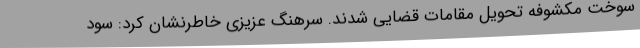
سوخت مکشوفه تحویل مقامات قضایی شدند. سرهنگ عزیزی خاطرنشان کرد: سود